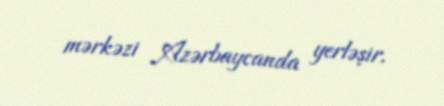
mərkəzi Azərbaycanda yerləşir.